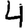
Digit: 4